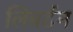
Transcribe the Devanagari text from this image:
लिबर्टन